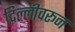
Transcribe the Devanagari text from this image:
दिल्लीवरून